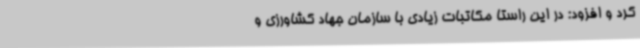
کرد و افزود: در این راستا مکاتبات زیادی با سازمان جهاد کشاورزی و